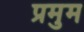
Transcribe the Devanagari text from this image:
प्रमुम